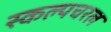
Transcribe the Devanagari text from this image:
स्‍कल्‍पचरल